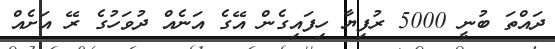
ދައްތަ ބުނީ 5000 ރުފިޔާ ހިފައިގެން އޭގެ އަނެއް ދުވަހުގެ ރޭ އަށެއް